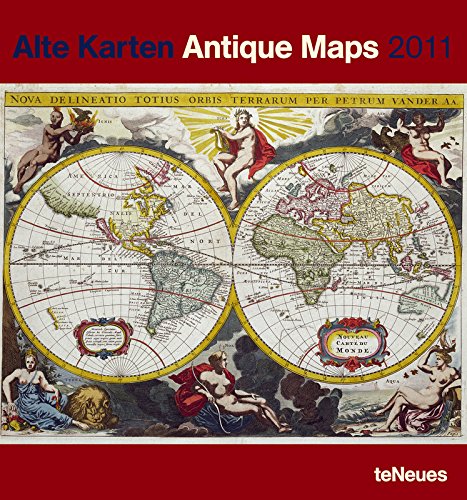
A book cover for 2011 Antique Maps Poster Calendar; teNeues; Calendars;